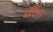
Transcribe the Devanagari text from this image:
यौंग